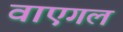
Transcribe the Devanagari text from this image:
वाएगल